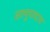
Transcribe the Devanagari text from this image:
सामुपादाय